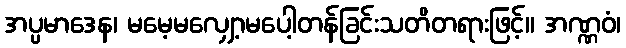
အပ္ပမာဒေန၊ မမေ့မလျှော့မပေါ့တန်ခြင်းသတိတရားဖြင့်။ အဏ္ဏဝံ၊